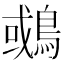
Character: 𪂉